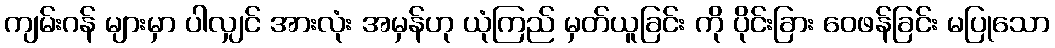
ကျမ်းဂန် များမှာ ပါလျှင် အားလုံး အမှန်ဟု ယုံကြည် မှတ်ယူခြင်း ကို ပိုင်းခြား ဝေဖန်ခြင်း မပြုသော